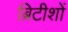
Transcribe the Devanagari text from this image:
ब्रिटीशों